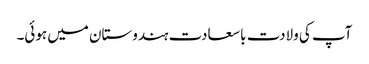
آپ کی ولادت با سعادت ہندوستان میں ہوئی۔